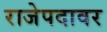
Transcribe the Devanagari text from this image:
राजेपदावर